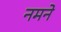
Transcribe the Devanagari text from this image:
नमने